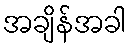
အချိန်အခါ